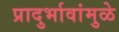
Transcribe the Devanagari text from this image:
प्रादुर्भावांमुळे